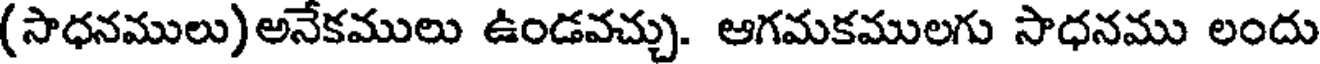
(సాధనములు)అనేకములు ఉండవచ్చు. ఆగమకములగు సాధనము లందు